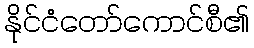
နိုင်ငံတော်ကောင်စီ၏